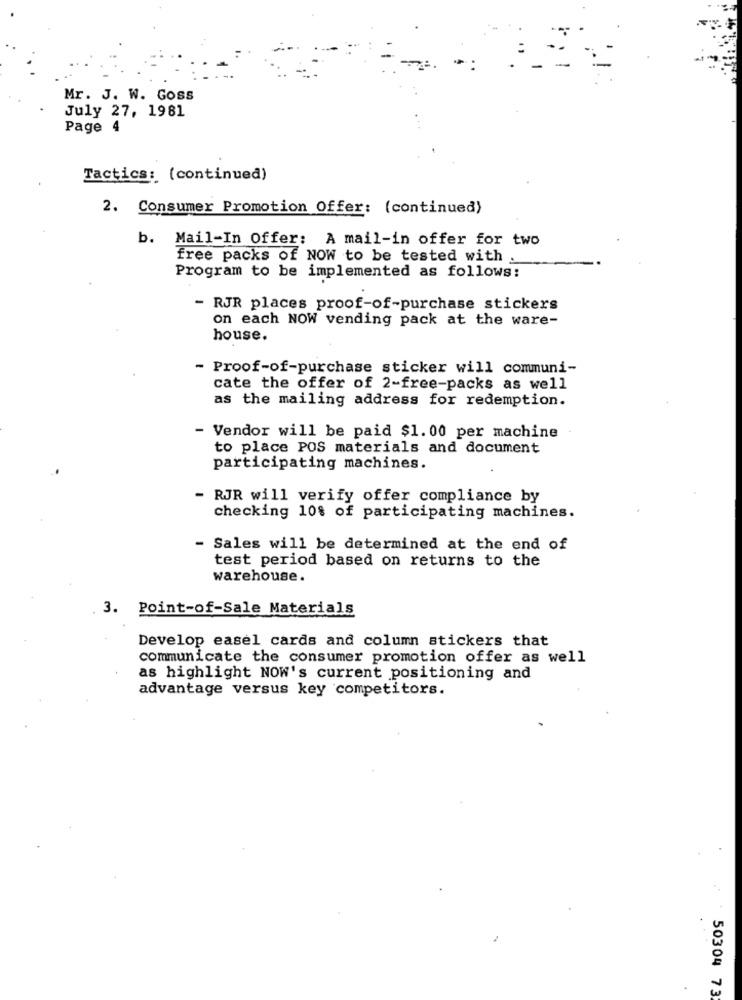
Mr. J. W. Goss
July 27, 1981
Page 4
Tactics: (continued)
2. Consumer Promotion Offer: (continued)
b.
Mail-In Offer: A mail-in offer for two
free packs of NOW to be tested with .
Program to be implemented as follows:
- RJR places proof-of-purchase stickers
on each NOW vending pack at the ware-
house.
- Proof-of-purchase sticker will communi-
cate the offer of 2-free-packs as well
as the mailing address for redemption.
- Vendor will be paid $1.00 per machine
to place POS materials and document
participating machines.
- RJR will verify offer compliance by
checking 10% of participating machines.
- Sales will be determined at the end of
test period based on returns to the
warehouse.
3. Point-of-Sale Materials
Develop easel cards and column stickers that
communicate the consumer promotion offer as well
as highlight NOW's current positioning and
advantage versus key competitors.
50304 73